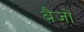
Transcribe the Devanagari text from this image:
बैजों